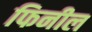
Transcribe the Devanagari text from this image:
फिनील